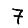
Digit: 7